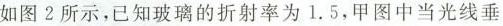
如图2所示，已知玻璃的折射率为1.5，甲图中当光线垂